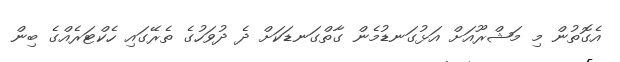
އެގޮތުން މި މަޝްރޫއަށް އަޅުގަނޑުމެން ގާތްގަނޑަކަށް ދެ ދުވަހުގެ ތެރޭގައި ހެކްޓަރެއްގެ ބިން